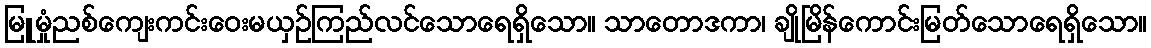
မြူမှုံညစ်ကျေးကင်းဝေးမယှဉ်ကြည်လင်သောရေရှိသော။ သာတောဒကာ၊ ချိုမြိန်ကောင်းမြတ်သောရေရှိသော။